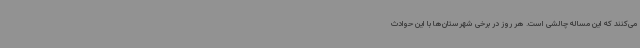
می‌کنند که این مساله چالشی است. هر روز در برخی شهرستان‌ها با این حوادث